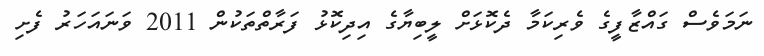
ނަމަވެސް ގައްޒާފީގެ ވެރިކަމާ ދެކޮޅަށް ލީބިޔާގެ އިދިކޮޅު ފަރާތްތަކުން 2011 ވަނައަހަރު ފެށި